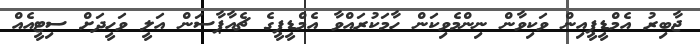
ޖާބިރު އެމްޑީޕީއިން ވަކިވާން ނިންމެވިކަން ހާމަކުރައްވާ އެމްޑީޕީގެ ޗެއާޕާސަން އަލީ ވަހީދަށް ސިޓީއެއް